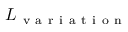
L _ { \mathrm { ~ v ~ a ~ r ~ i ~ a ~ t ~ i ~ o ~ n ~ } }